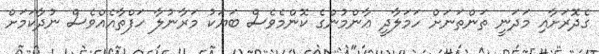
ގެދޮރަށާއި މަދަނީ ތަންތަނަށް ހަމަލާދީ ޢާންމުންގެ ކޮންމެވެސް ބަޔަކު މަރާނުލާ ހަފްތާއެއްވެސް ނުދާކަމަށް